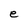
Character: e